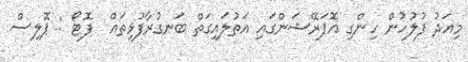
މިއަދު ފުލުހުން ހިންގި އޮޕަރޭޝަންގައި އަތުލައިގަތް ބަނގުރާފުޅިތައް  ފޮޓޯ : ޕޮލިސް